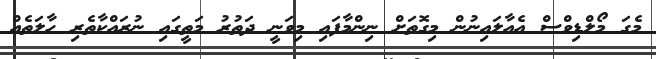
މެގަ މޯލްޑިވްސް އެއާލައިނުން މިގޮތަށް ނިންމާފައި މިވަނީ ދަތުރު މަތީގައި ނުރައްކާތެރި ހާލަތެއް